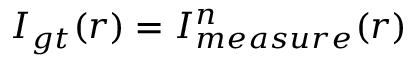
I _ { g t } ( r ) = I _ { m e a s u r e } ^ { n } ( r )